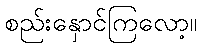
စည်းနှောင်ကြလော့။